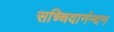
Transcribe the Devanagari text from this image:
सच्चिदानंन्दन